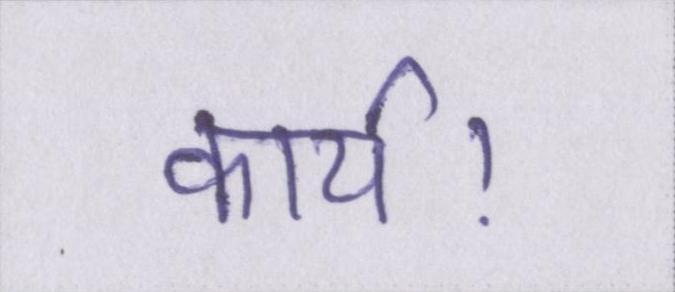
कार्य।